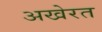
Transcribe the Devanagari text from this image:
अखेरत